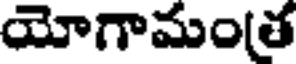
యోగామం(త